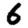
Digit: 6